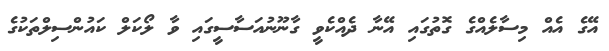
އޭގެ އެއް މިސާލެއްގެ ގޮތުގައި އޭނާ ދެއްކެވީ ގާނޫނުއަސާސީގައި ވާ ލޯކަލް ކައުންސިލްތަކުގެ